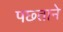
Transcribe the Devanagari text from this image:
पछ्ताने